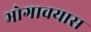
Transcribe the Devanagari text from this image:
भोगावयास